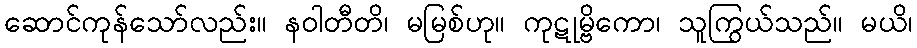
ဆောင်ကုန်သော်လည်း။ နဝါတီတိ၊ မမြစ်ဟု။ ကုဋုမ္ဗိကော၊ သူကြွယ်သည်။ မယိ၊